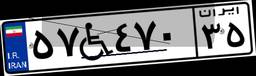
۵۷W۴۷۰۳۵